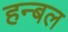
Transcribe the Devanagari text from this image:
हन्बल